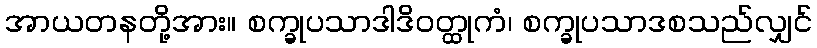
အာယတနတို့အား။ စက္ခုပသာဒါဒိဝတ္ထုကံ၊ စက္ခုပသာဒစသည်လျှင်